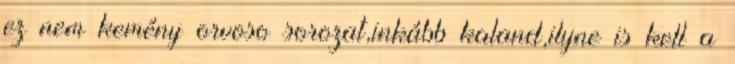
ez nem kemény orvoso sorozat,inkább kaland,ilyne is kell a